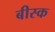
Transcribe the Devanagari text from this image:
बीस्क